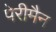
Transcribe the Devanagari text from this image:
पेरीमैन